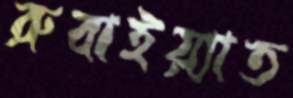
রুবাইয়্যাত